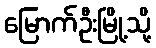
မြောက်ဦးမြို့သို့